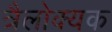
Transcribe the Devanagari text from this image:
त्रैलोक्यक